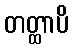
တတ္ထာပိ